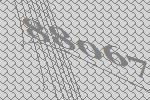
88067